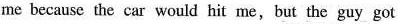
me because the car would hit me,but the guy got